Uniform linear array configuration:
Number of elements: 8
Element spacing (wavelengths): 0.5
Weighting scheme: hann
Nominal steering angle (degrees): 15
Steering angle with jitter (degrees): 13.975
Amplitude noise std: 0.05
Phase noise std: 0.05

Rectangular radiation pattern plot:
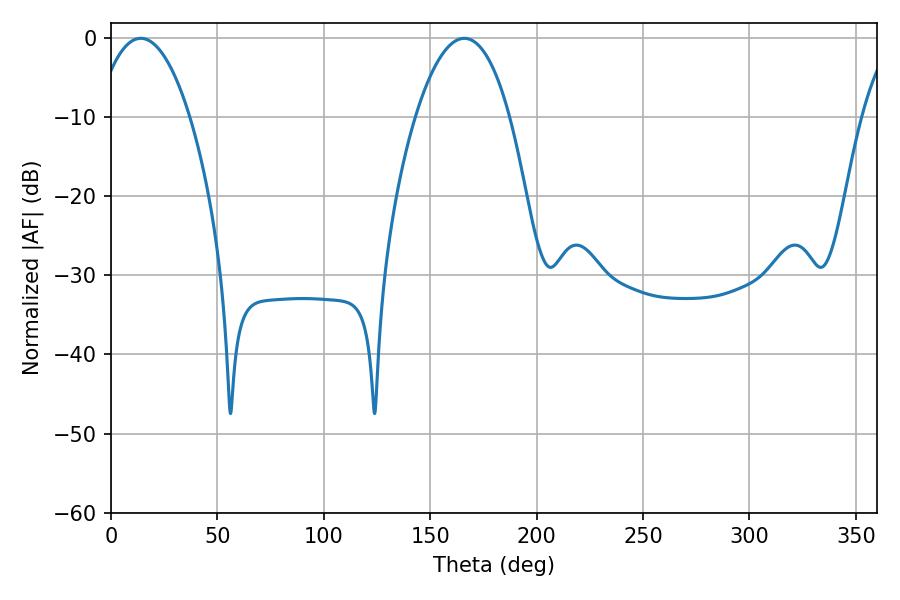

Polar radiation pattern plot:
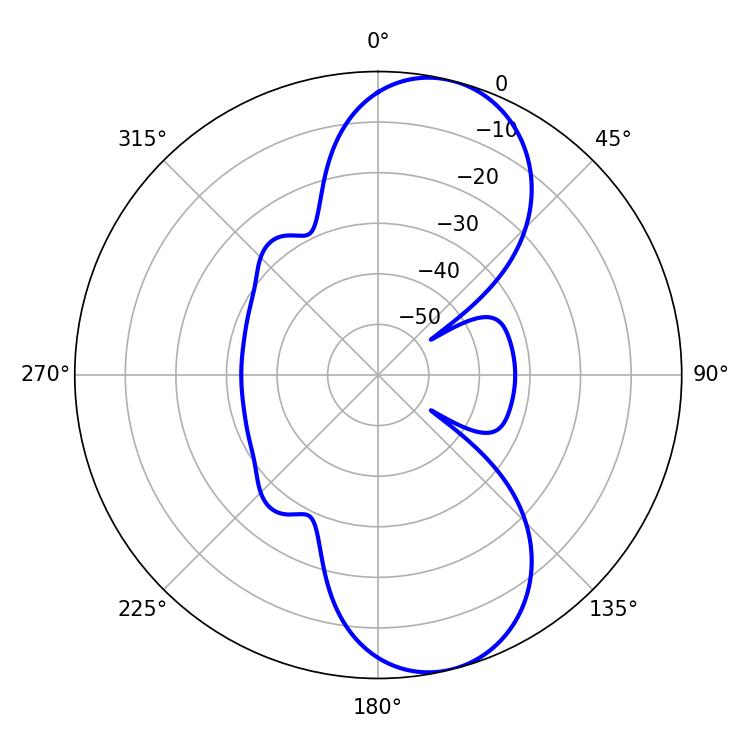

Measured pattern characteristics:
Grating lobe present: FALSE
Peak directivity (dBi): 9.513
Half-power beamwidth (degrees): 24.66
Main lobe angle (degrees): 14.04